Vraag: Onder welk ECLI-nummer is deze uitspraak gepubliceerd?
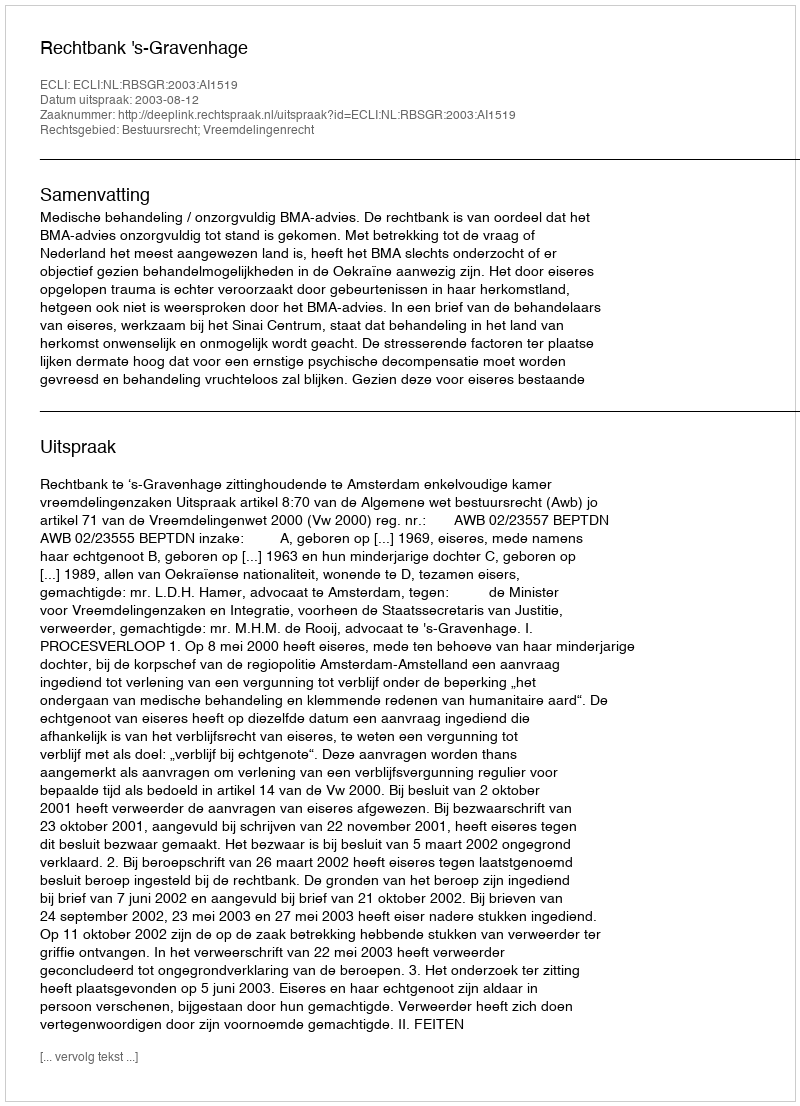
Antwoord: ECLI:NL:RBSGR:2003:AI1519